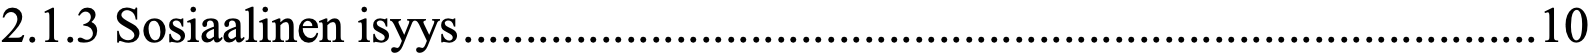
2.1.3 Sosiaalinen isyys ...................................................................................... 10